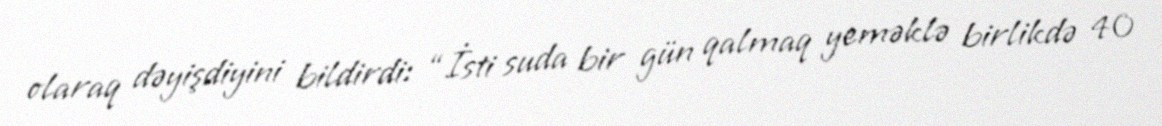
olaraq dəyişdiyini bildirdi: “İsti suda bir gün qalmaq yeməklə birlikdə 40